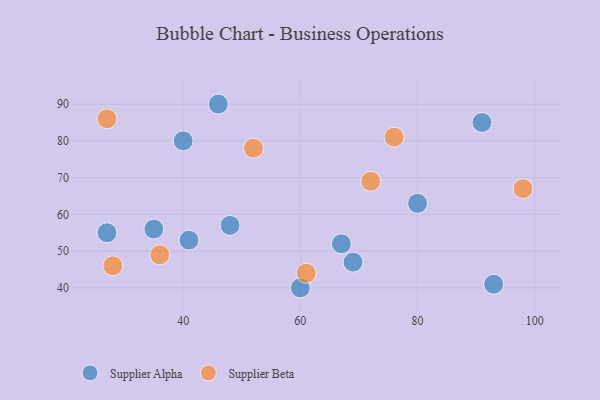
{"axis": {"x": "GDP", "y": "Life Expectancy"}, "legend": ["Supplier Alpha", "Supplier Beta"], "data": [{"x": "91", "y": 85, "type": "Supplier Alpha"}, {"x": "27", "y": 55, "type": "Supplier Alpha"}, {"x": "46", "y": 90, "type": "Supplier Alpha"}, {"x": "67", "y": 52, "type": "Supplier Alpha"}, {"x": "80", "y": 63, "type": "Supplier Alpha"}, {"x": "93", "y": 41, "type": "Supplier Alpha"}, {"x": "69", "y": 47, "type": "Supplier Alpha"}, {"x": "40", "y": 80, "type": "Supplier Alpha"}, {"x": "60", "y": 40, "type": "Supplier Alpha"}, {"x": "35", "y": 56, "type": "Supplier Alpha"}, {"x": "48", "y": 57, "type": "Supplier Alpha"}, {"x": "41", "y": 53, "type": "Supplier Alpha"}, {"x": "76", "y": 81, "type": "Supplier Beta"}, {"x": "72", "y": 69, "type": "Supplier Beta"}, {"x": "98", "y": 67, "type": "Supplier Beta"}, {"x": "27", "y": 86, "type": "Supplier Beta"}, {"x": "52", "y": 78, "type": "Supplier Beta"}, {"x": "28", "y": 46, "type": "Supplier Beta"}, {"x": "61", "y": 44, "type": "Supplier Beta"}, {"x": "36", "y": 49, "type": "Supplier Beta"}]}